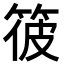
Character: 𥭪